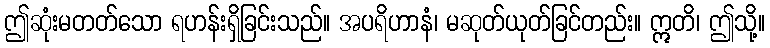
ဤဆုံးမတတ်သော ရဟန်းရှိခြင်းသည်။ အပရိဟာနံ၊ မဆုတ်ယုတ်ခြင်တည်း။ ဣတိ၊ ဤသို့။